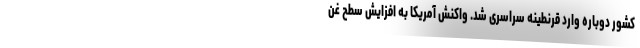
کشور دوباره وارد قرنطینه سراسری شد. واکنش آمریکا به افزایش سطح غن